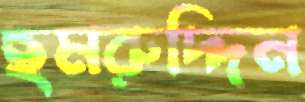
ছমরুদ্দিন